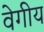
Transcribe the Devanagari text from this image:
वेगीय